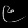
Digit: ၉